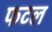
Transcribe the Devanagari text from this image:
फटल